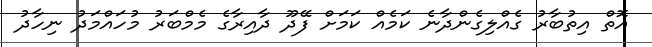
އޮތް އިތުބާރު ގެއްލިގެންދާނެ ކަމެއް ކަމަށް ފޭދޫ ދާއިރާގެ މެމްބަރު މުހައްމަދު ނިހާދު